38_143685_box_Incident_Summaries_173-233
Agency: Department of War
Page 49
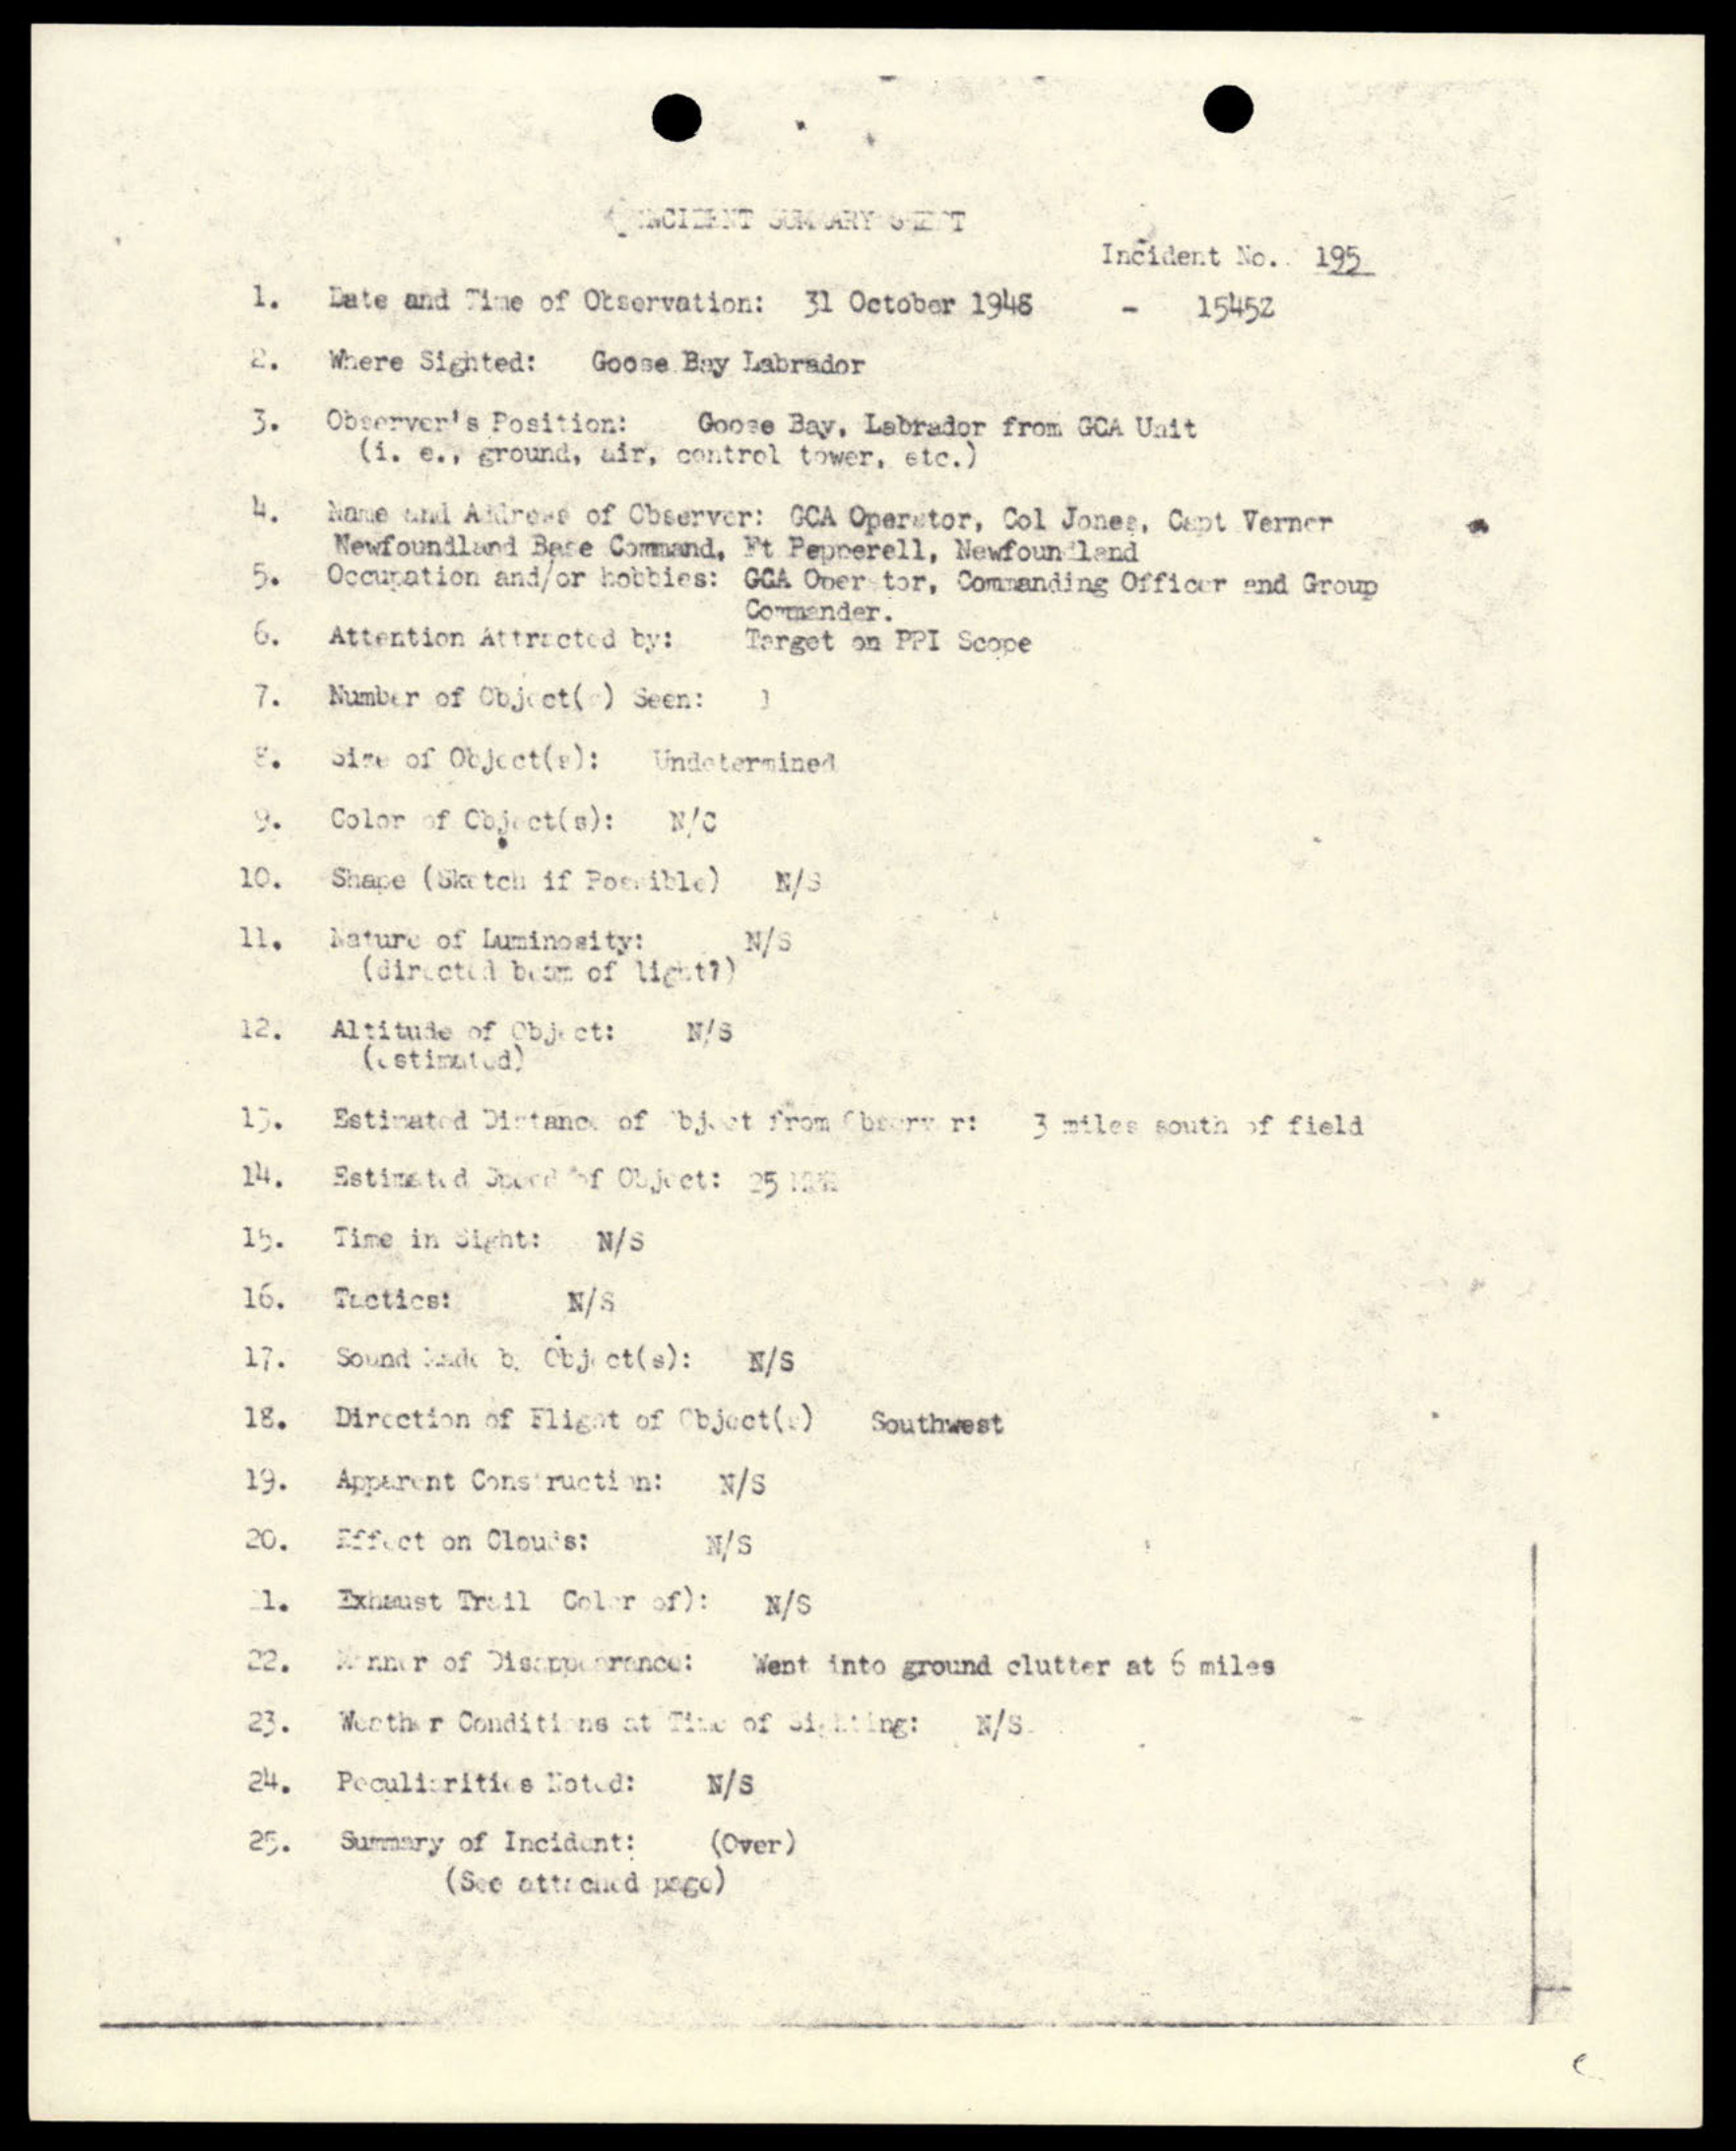